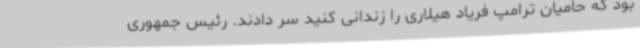
بود که حامیان ترامپ فریاد هیلاری را زندانی کنید سر دادند. رئیس جمهوری